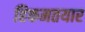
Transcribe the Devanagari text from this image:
हिकमतयार